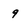
Character: 9